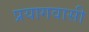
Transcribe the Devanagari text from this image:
प्रयागवासी